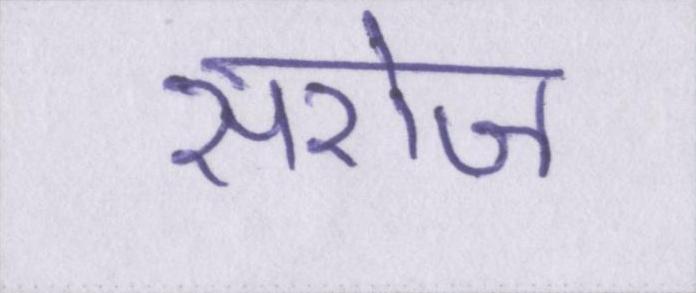
सरोज